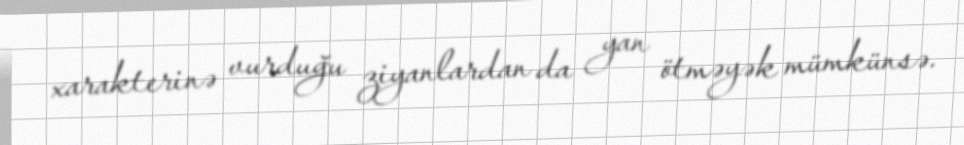
xarakterinə vurduğu ziyanlardan da yan ötməyək mümkünsə.